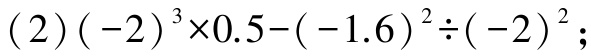
\((2)(-2)^{3}\times0.5-(-1.6)^{2}\div(-2)^{2}\)